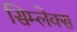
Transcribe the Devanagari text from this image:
सिम्लेक्स